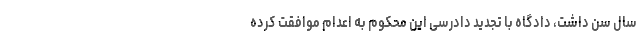
سال سن داشت، دادگاه با تجدید دادرسی این محکوم به اعدام موافقت کرده